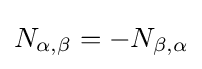
N_{\alpha ,\beta }=-N_{\beta ,\alpha }